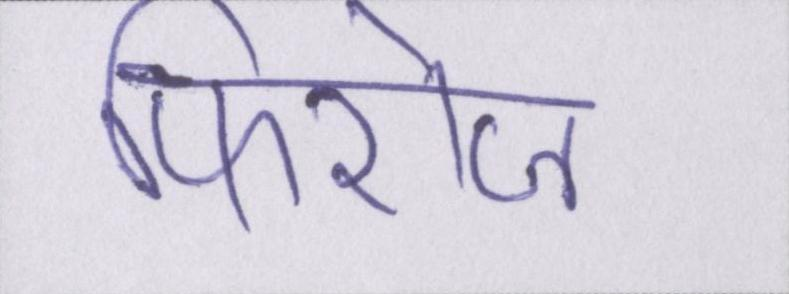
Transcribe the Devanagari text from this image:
फिरोज